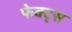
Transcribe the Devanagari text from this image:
फेक्ट्स